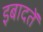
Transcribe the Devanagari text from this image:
इबादतें